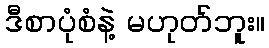
ဒီစာပုံစံနဲ့ မဟုတ်ဘူး။